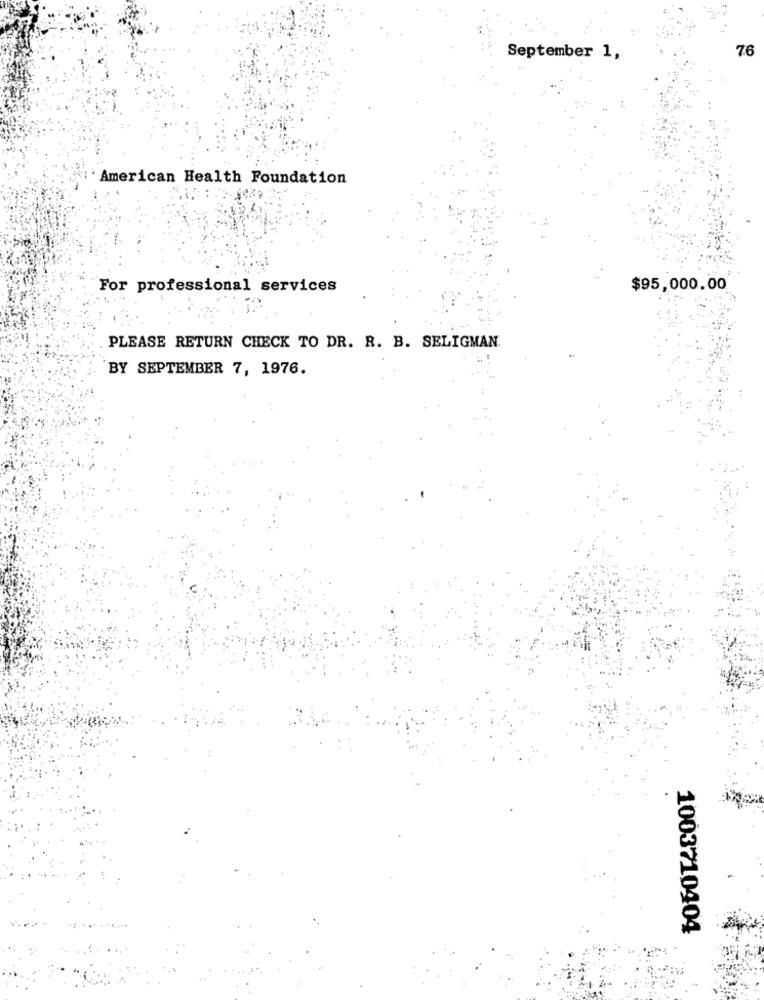
76
September 1,
American Health Foundation
For professional services
$95,000.00
PLEASE RETURN CHECK TO DR. R. B. SELIGMAN.
BY SEPTEMBER 7, 1976.
1003710404